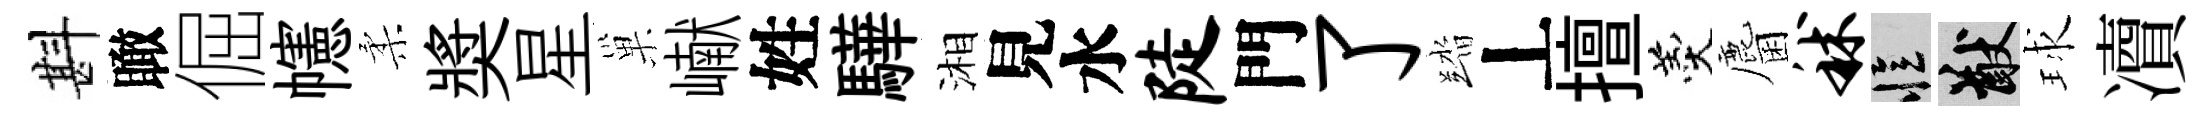
斟瞰倔幰柔奬星巢𪩘姓驊湘見水陡門了踏丄擅羹麕秫忆猷球凟